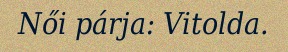
Női párja: Vitolda.